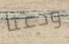
ودعنا